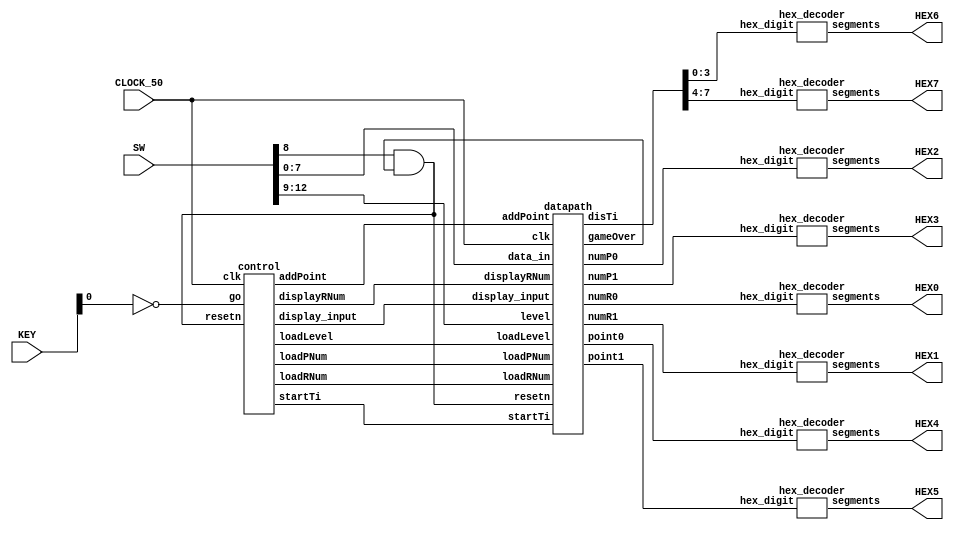
module project(
    CLOCK_50,
    SW,
    KEY,
    HEX0,
    HEX1,
    HEX2,
    HEX3,
    HEX4,
    HEX5,
    HEX6,
    HEX7);
    
    input CLOCK_50;
    input [12:0] SW;
    input [3:0] KEY;
    
    output [6:0] HEX0, HEX1, HEX2, HEX3, HEX4, HEX5, HEX6, HEX7;
    
    // wires that connect datapath and FSM
    wire loadRNum, displayRNum, loadPNum, loadLevel, display_input, addPoint, startTi, gameOver;
    
    wire go, real_reset;

    // wire to clock module
    wire [7:0] ti;

    // wires to HEX
    wire [3:0] point1, point0, numP1, numP0, numR1, numR0;
    
    assign go = ~KEY[0];

    assign real_reset = SW[8] && gameOver;

    // instantiate control module
    control c0(
        .clk(CLOCK_50),
        .resetn(real_reset),
        .go(go),
        .loadRNum(loadRNum),
        .displayRNum(displayRNum),
        .loadPNum(loadPNum),
        .loadLevel(loadLevel),
        .display_input(display_input),
        .addPoint(addPoint),
        .startTi(startTi));
        
    // instantiate datapath module
    datapath d0(
        .clk(CLOCK_50),
        .resetn(real_reset),
        .data_in(SW[7:0]),
        .level(SW[12:9]),
        .loadRNum(loadRNum),
        .displayRNum(displayRNum),
        .loadPNum(loadPNum),
        .loadLevel(loadLevel),
        .display_input(display_input),
        .addPoint(addPoint),
        .startTi(startTi),
        .point1(point1),
        .point0(point0),
        .numP1(numP1),
        .numP0(numP0),
        .numR1(numR1),
        .numR0(numR0),
        .disTi(ti),
        .gameOver(gameOver));

    // instantiate datapath module
    hex_decoder h7(
        .hex_digit(ti[7:4]),
        .segments(HEX7));    

    hex_decoder h6(
        .hex_digit(ti[3:0]),
        .segments(HEX6));

    hex_decoder h5(
        .hex_digit(point1),
        .segments(HEX5));
        
    hex_decoder h4(
        .hex_digit(point0),
        .segments(HEX4));
        
    hex_decoder h3(
        .hex_digit(numP1),
        .segments(HEX3));
        
    hex_decoder h2(
        .hex_digit(numP0),
        .segments(HEX2));
        
    hex_decoder h1(
        .hex_digit(numR1),
        .segments(HEX1));
        
    hex_decoder h0(
        .hex_digit(numR0),
        .segments(HEX0));
endmodule

module control(
	input clk,
	input resetn,
	input go,
    
    output reg loadRNum,
    output reg displayRNum,
    output reg loadPNum,
    output reg loadLevel,
    output reg display_input,
    output reg addPoint,
    output reg startTi);
    
    reg [5:0] current_state, next_state;
    
    localparam 	INI           = 5'd0,
				WAIT_LEVEL    = 5'd1,
                START_TI      = 5'd2,
				GENERATE_RNG  = 5'd3,
                SHOW_RNG      = 5'd4,
                PLAYER_INPUT  = 5'd5, 
                WAIT_INPUT    = 5'd6,
				DISPLAY_INPUT = 5'd7,
                ADD_POINT     = 5'd8,
                END           = 5'd9;

	always@(*)
	begin: state_table
		case (current_state)
			INI: next_state = go ? WAIT_LEVEL : INI; // start state, return to here when reset or gameOver
            WAIT_LEVEL: next_state = go ? WAIT_LEVEL : START_TI; // wait for player to input level and mode he want to play
            START_TI: next_state = GENERATE_RNG; // start to record the time and show it on HEX
            GENERATE_RNG: next_state = SHOW_RNG; // generate the random number
			SHOW_RNG: next_state = PLAYER_INPUT; // show the random number on HEX
            PLAYER_INPUT: next_state = go ? WAIT_INPUT : PLAYER_INPUT; // wait player to input his binary number using switches
            WAIT_INPUT: next_state = go ? WAIT_INPUT : DISPLAY_INPUT; // waiting
            DISPLAY_INPUT: next_state = ADD_POINT; // display the player's input
            ADD_POINT: next_state = END; // add point according to the input and show it on HEX
            END: next_state = GENERATE_RNG; // end state for onr phase, then go to generate another number 
			default: next_state = INI;	
		endcase
	end
    
    // initially set everything to zero, set the according parameter to one according to state
    always@(*)
	begin: make_output
        loadRNum = 0;
        displayRNum = 0;
        loadPNum = 0;
        loadLevel = 0;
        display_input = 0;
        addPoint = 0;
        startTi = 0;
		case(current_state)
			INI: begin
                    loadLevel = 1;
                 end
            START_TI: begin
                    startTi = 1;
                 end
            GENERATE_RNG: begin
                    loadRNum = 1;
                 end
            SHOW_RNG: begin
                    displayRNum = 1;
                 end
            PLAYER_INPUT: begin
                    loadPNum = 1;
                 end
            DISPLAY_INPUT: begin
                    display_input = 1;
                 end
            ADD_POINT: begin
                    addPoint = 1;
                 end
            endcase
    end
    
    // state engine
    always@(posedge clk)
	begin: state_FFs
		if(!resetn) // goto resting if reset
			current_state <= INI;
		else
			current_state <= next_state;
	end

endmodule

module datapath(
    input clk,
    input resetn,
    input [7:0] data_in, 
    input [3:0] level,
    input loadRNum, displayRNum, loadPNum, loadLevel, display_input, addPoint, startTi,
    
    output [3:0] point1, point0,
    output reg [3:0] numP1, numP0, numR1, numR0,
    output [7:0] disTi,
    output reg gameOver);

    reg clEn = 0; // variable controls the start and end of clock

    wire [7:0] ti;

    reg [7:0] disTiReg; // reg for disTi

    reg [3:0] nRN; // number of random number for eight number mode
    reg reS; // signal to reset time in eightnumber mode

    wire re; // reset

    assign disTi = disTiReg; // display time
    assign re = resetn && reS;

    // instantiate clock module
    clock clock0(
        .clk(clk),
        .reset(re),
        .enable(clEn),
        .ti(ti));
        
    // initial value for regs
    reg [7:0] point = 0;
    reg [7:0] randomN = 0;
    reg [7:0] theN = 0;
    reg [7:0] playerN = 0;
    reg [3:0] theL = 0; // when theL[2:1] == 00, ifinity mode, theL[2:1] == 01, countdown mode, theL[2:1] == 10, eightnumber mode. when theL[0] == 0,
    //the difficulty is easy, otherwise hard. If theL[3] = 1, read the score board for that mode, otherwise main game.

    // connect points to HEX
    assign point1 = point[7:4];
    assign point0 = point[3:0];

    // for scoreboard.  We created scoreboard for easy countdown mode, however it is not working. As it won't affect other parts of code, so we keep it here.
    // 
    reg [3:0] scoreCounter = 0;

    reg clk_010, r_or_w_010; // go for memory, and check if it is read or write separately.
    reg [7:0] index_010; // address for memory
    reg [7:0] data_in_010;
    wire [7:0] data_out_010;

    // instantiate memory
    mem5 mem5_010(
        .clk(clk_010),
        .r_or_w(r_or_w_010),
        .index(index_010),
        .data_in(data_in_010),
        .data_out(data_out_010));

    always@(posedge clk) begin
        gameOver = 1;
        reS = 1;
        randomN = randomN + 8'b00000001; // random number generator
        if(!resetn)
            begin
                // initial value forr variables
                point = 0;
                randomN = 0;
                theN = 0;
                playerN = 0;
                theL = 0;
                numP1 = 0;
                numP0 = 0;
                numR1 = 0;
                numR0 = 0;
                clEn = 0;
                gameOver = 1;
                nRN = 0;
            end
        
        if (loadLevel)
            begin
                theL = level; 
            end
        
        if (theL[3] == 0) begin
            if (startTi)
                begin
                    clEn = 1;
                end

            if (theL[2:1] == 2'd1)
                disTiReg = 8'd30 - ti;
            else
                disTiReg = ti;

            // gameover for countdown mode
            if (disTiReg == 8'hff)
                begin
                    // add points to score table
                    data_in_010 = point;
                    r_or_w_010 = 1;
                    clk_010 = 1;
                    clk_010 = 0;
                    
                    // gameover
                    gameOver = 0;
                end

            // gameover for eight number mode
            if (nRN == 4'd8)
                gameOver = 0;
                
            // rules to add point
            if (addPoint)
                begin
                    if (theL[0])
                        begin
                            // for eight number mode, get correct answer within 2 seconds grants 3 points, 5 second for 2 points, else for 1 point, wrong answer for 0 point
                            if (theN == playerN) begin
                                if (theL[2:1] == 2'd2)
                                    begin
                                        if (ti <= 8'd2)
                                            point <= point + 3;
                                        else if (ti <= 8'd5)
                                            point <= point + 2;
                                        else
                                            point <= point + 1;
                                    end
                                else
                                    point <= point + 1;
                            end
                        end
                    // for infinite mode and countdown mode, one correct for one point
                    else
                        begin
                            if (theN[3:0] == playerN[3:0]) begin
                                if (theL[2:1] == 2'd2)
                                    begin
                                        if (ti <= 8'd2)
                                            point <= point + 3;
                                        else if (ti <= 8'd5)
                                            point <= point + 2;
                                        else
                                            point <= point + 1;
                                    end
                                else
                                    point <= point + 1;
                            end
                        end
                    // reset time and record number of random number in eight number mode
                    if (theL[2:1] == 2'd2) begin
                        reS = 0;
                        nRN <= nRN + 1;
                    end
                end
            if (display_input)
                begin
                    if (theL[0])
                        begin
                            numP1 <= playerN[7:4];
                            numP0 <= playerN[3:0];
                        end
                    else
                        begin
                            numP1 <= 0;
                            numP0 <= playerN[3:0];
                        end
                end
            if (loadRNum) // load random number
                begin
                    theN = randomN;
                end
            if (displayRNum) // display random number
                begin
                    if (theL[0])
                        begin
                            numR1 <= theN[7:4];
                            numR0 <= theN[3:0];
                        end
                    else
                        begin
                            numR1 <= 0;
                            numR0 <= theN[3:0];
                        end
                end
            if (loadPNum) // load player input
                begin
                    playerN <= data_in;
                end
        end else // for scoreboard
            begin
                if (displayRNum) // check for mode we want to see
                    begin
                        if (theL[2])
                            begin
                                if (theL[1])
                                    begin
                                        numP1 = 4'd3;
                                    end
                                else
                                    begin
                                        numP1 = 4'd2;
                                    end
                            end
                        else
                            begin
                                if (theL[1])
                                    begin
                                        numP1 = 4'd1;
                                    end
                                else
                                    begin
                                        numP1 = 4'd0;
                                    end
                            end
                        numP0 = theL[0]; // check for difficulty
                        // if it is easy countdown mode, read the corresponding record
                        if (theL[2:0] == 3'b010) begin
                            case (point)
                                8'd0: index_010 = 8'd0;
                                8'd1: index_010 = 8'd1;
                                8'd2: index_010 = 8'd2;
                                8'd3: index_010 = 8'd3;
                                8'd4: index_010 = 8'd4;
                                default: index_010 = 8'd0;
                            endcase
                            r_or_w_010 = 0;
                            // manually click to read
                            clk_010 = 1;
                            clk_010 = 0;
                            numR1 <= data_out_010[7:4];
                            numR0 <= data_out_010[3:0];
                        end
                    end

                if (display_input) // check the rank for displaying score
                    begin
                        point = point + 1;
                        if (point == 8'd5) // we only show top five score. So the next score will show after the fifth score would be the first one
                            point = 0;
                    end
            end
    end
endmodule

module clock(
    input clk,
    input reset,
    input enable,

    output reg [7:0] ti);
    
    reg [25:0] counter = 0;
    
    always@(posedge clk) begin
        if (!reset) begin
            counter = 0;
            ti = 0;
        end
        if (enable) begin
            counter = counter + 1;
            if (counter == 26'd49999999) // add 1 to time after 1s
                ti <= ti + 1;
        end 
    end
    
endmodule

module hex_decoder(hex_digit, segments);
    input [3:0] hex_digit;
    output reg [6:0] segments;
   
    always @(*)
        case (hex_digit)
            4'h0: segments = 7'b100_0000;
            4'h1: segments = 7'b111_1001;
            4'h2: segments = 7'b010_0100;
            4'h3: segments = 7'b011_0000;
            4'h4: segments = 7'b001_1001;
            4'h5: segments = 7'b001_0010;
            4'h6: segments = 7'b000_0010;
            4'h7: segments = 7'b111_1000;
            4'h8: segments = 7'b000_0000;
            4'h9: segments = 7'b001_1000;
            4'hA: segments = 7'b000_1000;
            4'hB: segments = 7'b000_0011;
            4'hC: segments = 7'b100_0110;
            4'hD: segments = 7'b010_0001;
            4'hE: segments = 7'b000_0110;
            4'hF: segments = 7'b000_1110;   
            default: segments = 7'h7f;
        endcase
endmodule

module mem5(
    input clk,
    input r_or_w,
    input [7:0] index,
    input [7:0] data_in,
    output reg [7:0] data_out);

    reg [7:0] line4, line3, line2, line1, line0;

    always @(posedge clk)
        // if write, do a linear sort
        if (r_or_w)
            begin
                if (data_in > line0)
                    begin
                        line4 <= line3;
                        line3 <= line2;
                        line2 <= line1;
                        line1 <= line0;
                        line0 <= data_in;
                    end
                else if (data_in > line1)
                    begin 
                        line4 <= line3;
                        line3 <= line2;
                        line2 <= line1;
                        line1 <= data_in;
                    end
                else if (data_in > line2)
                    begin 
                        line4 <= line3;
                        line3 <= line2;
                        line2 <= data_in;
                    end
                else if (data_in > line3)
                    begin 
                        line4 <= line3;
                        line3 <= data_in;
                    end
                else if (data_in > line4)
                    begin 
                        line4 <= data_in;
                    end
            end
        else // read based on index
            case (index)
                8'd0: data_out <= line0;
                8'd1: data_out <= line1;
                8'd2: data_out <= line2;
                8'd3: data_out <= line3;
                8'd4: data_out <= line4;
            endcase
endmodule